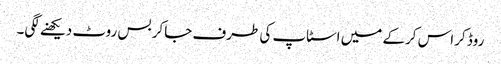
روڈ کراس کرکے میں اسٹاپ کی طرف جاکر بس روٹ دیکھنے لگی۔